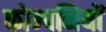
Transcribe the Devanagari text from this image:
कोम्पनियों